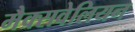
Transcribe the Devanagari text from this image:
मैक्सवेलियन